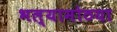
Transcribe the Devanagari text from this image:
भल्यामोठया